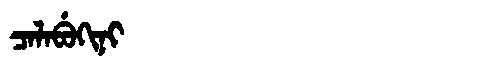
Manchu: ᠴᠠᠯᠠᠪᡠᡴᡳᠨᡳ
Romanization: CALABUKINI